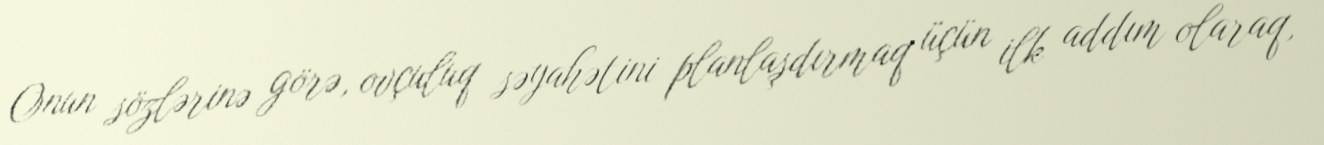
Onun sözlərinə görə, ovçuluq səyahətini planlaşdırmaq üçün ilk addım olaraq,